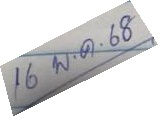
16 พ.ค. 68